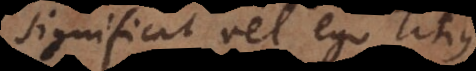
significat vel ego Titius